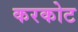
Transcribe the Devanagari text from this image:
करकोट